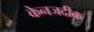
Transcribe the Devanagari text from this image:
केनजदीक